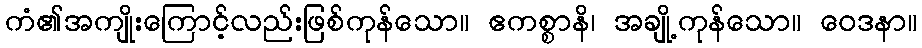
ကံ၏အကျိုးကြောင့်လည်းဖြစ်ကုန်သော။ ဧကစ္စာနိ၊ အချို့ကုန်သော။ ဝေဒနာ။